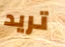
تريد